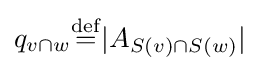
q_{v\cap w}{\stackrel {\mathrm {def} }{=}}|A_{S(v)\cap S(w)}|